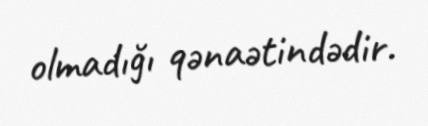
olmadığı qənaətindədir.